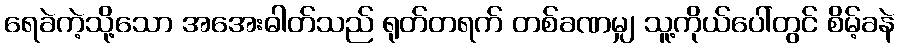
ရေခဲကဲ့သို့သော အအေးဓါတ်သည် ရုတ်တရက် တစ်ခဏမျှ သူ့ကိုယ်ပေါ်တွင် စိမ့်ခနဲ